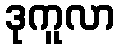
ဒုကူလာ